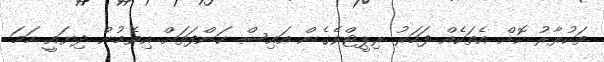
ތަކުރާރު ކޮށް އެތަކެއް ފަހަރު ރިޕީޓްވެގެން އައިސް ކަންފަތަށް އިވެމުން ދިޔައީ ހަމަ